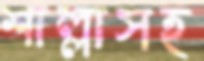
শাল্লাসহ